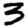
Digit: 3